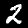
Digit: 2